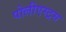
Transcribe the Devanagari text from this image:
पोलीएस्ट्रस